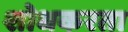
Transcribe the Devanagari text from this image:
शोधकरता